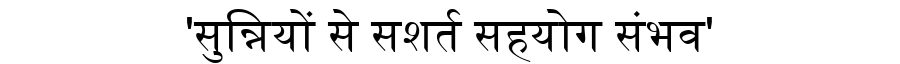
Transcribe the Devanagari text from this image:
'सुन्नियों से सशर्त सहयोग संभव'